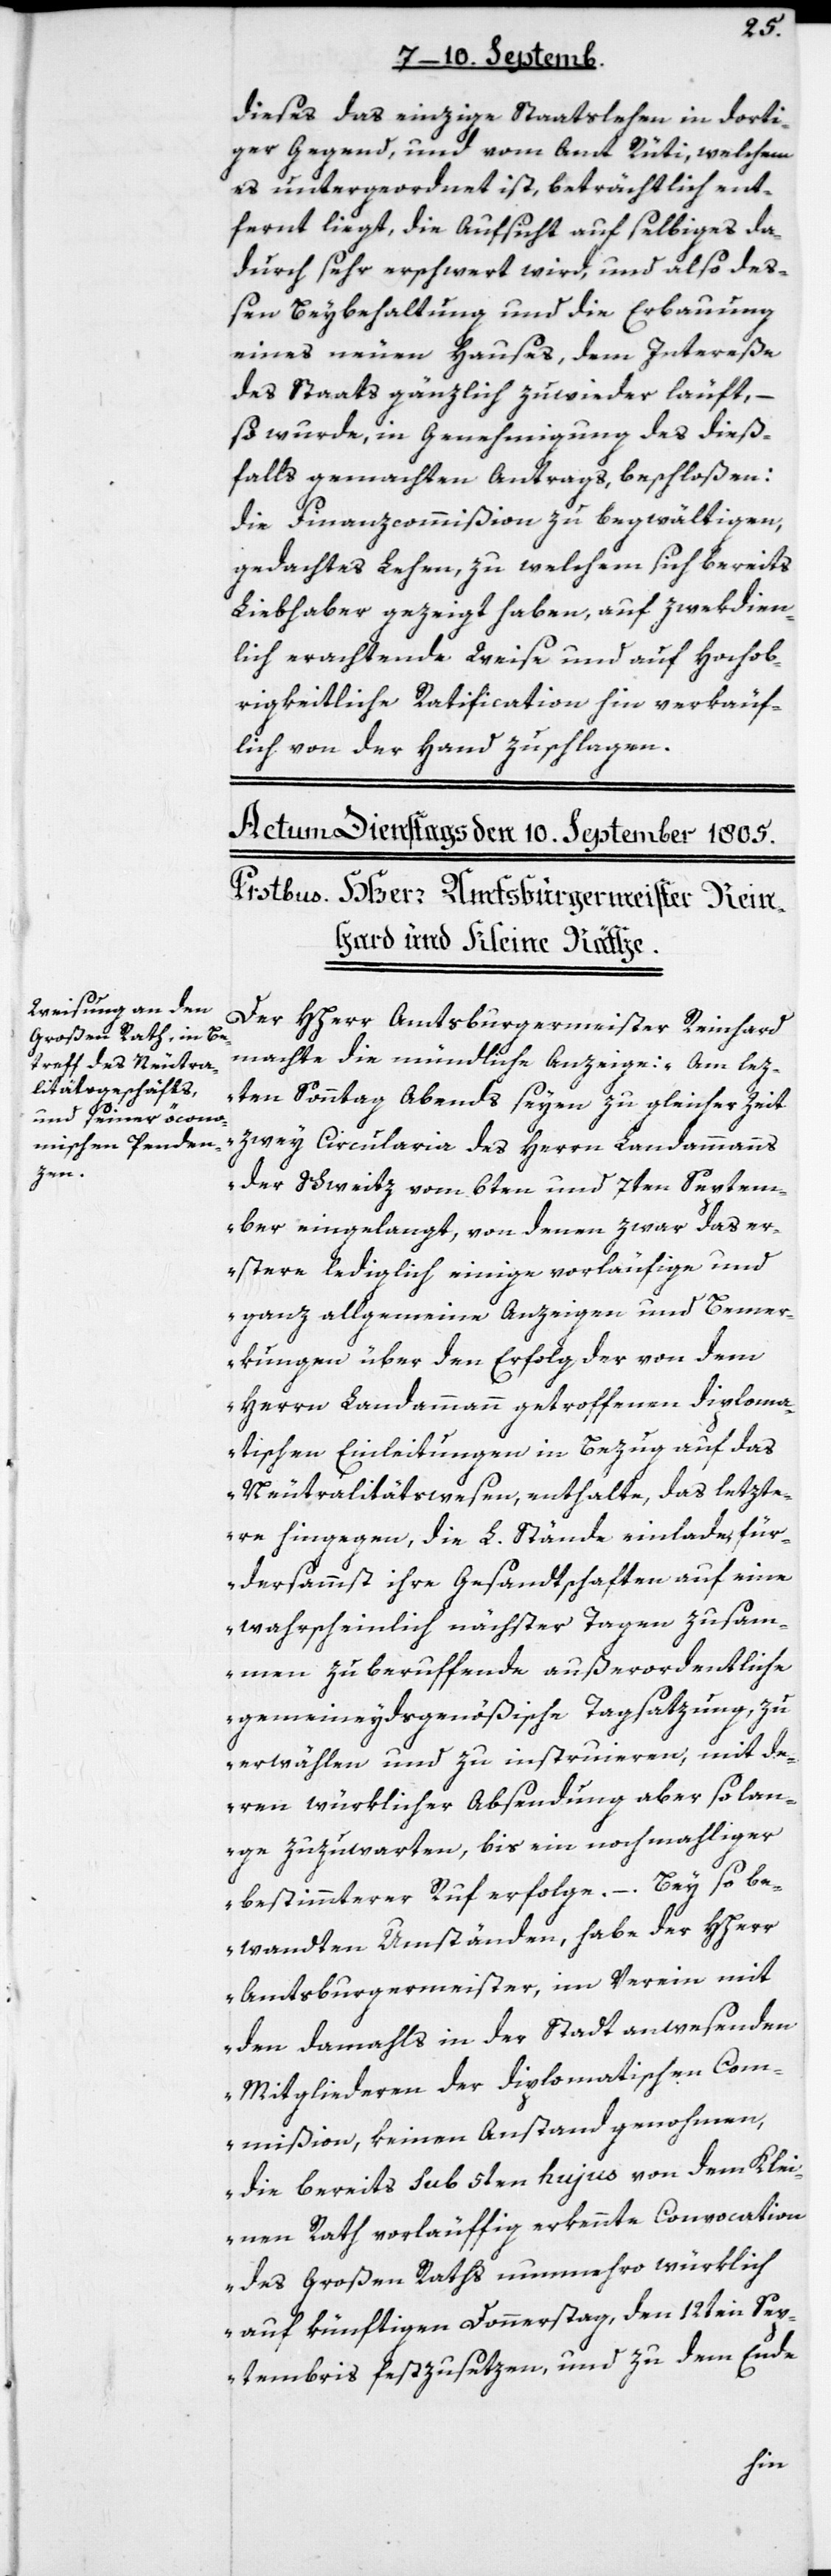
dieses das einzige Staatslehen in dorti¬
ger Gegend, und vom Amt Rüti, welchem
es untergeordnet ist, beträchtlich ent¬
fernt liegt, die Aufsicht auf selbiges da¬
durch sehr erschwert wird, und also deß¬
en Beybehaltung und die Erbauung
eines neuen Hauses, dem Intereße
des Staats gänzlich zuwieder läuft, –
so wurde, in Genehmigung des dieß¬
falls gemachten Antrags, beschloßen:
Die Finanzcommißion zu begwältigen,
gedachtes Lehen, zu welchem sich bereits
Liebhaber gezeigt haben, auf zwekdien¬
lich erachtende Weise und auf hochob¬
rigkeitliche Ratification hin verkäuf¬
lich von der Hand zu schlagen.
Der HHerr Amtsburgermeister Reinhard
machte die mündliche Anzeige: „Am lez¬
ten Sonntag Abends seyen zu gleicher Zeit
zwey Circularia des Herrn Landammanns
der Schweitz vom 6ten und 7ten Septem¬
ber eingelangt, von denen zwar das er¬
stere lediglich einige vorläufige und
ganz allgemeine Anzeigen und Bemer¬
kungen über den Erfolg der von dem
Herrn Landammann getroffenen diploma¬
tischen Einleitungen in Bezug auf das
Neutralitätswesen, enthalte, das letzte¬
re hingegen, die L. Stände einlade, für¬
dersammst ihre Gesandtschaften auf eine
wahrscheinlich nächster Tagen zusam¬
men zu beruffende außerordentliche
gemeineydsgenößische Tagsatzung zu
erwählen, und zu instruieren, mit de¬
ren würklicher Absendung aber so lan¬
ge zuzuwarten, bis ein nochmahliger
bestimmterer Ruf erfolge. – Bey so be¬
wandten Umständen, habe der HHerr
Amtsburgermeister, im Verein mit
den damahls in der Stadt anwesenden
Mitgliederen der Diplomatischen Com¬
mißion, keinen Anstand genohmen,
die bereits sub 5ten hujus von dem Klei¬
nen Rath vorläuffig erkennte Convocation
des Großen Raths nunmehro würklich
auf künftigen Donnerstag, den 12ten Sep¬
tembris festzusetzen, und zu dem Ende